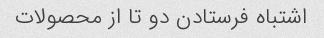
اشتباه فرستادن دو تا از محصولات